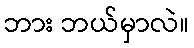
ဘား ဘယ်မှာလဲ။